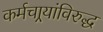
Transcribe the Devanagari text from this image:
कर्मचार्‍यांविरुद्ध